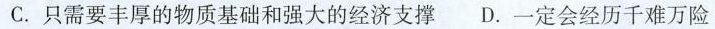
C.只需要丰厚的物质基础和强大的经济支撑 D.一定会经历千难万险